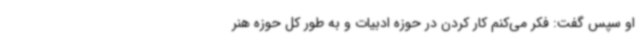
او سپس گفت: فکر می‌کنم کار کردن در حوزه ادبیات و به طور کل حوزه هنر